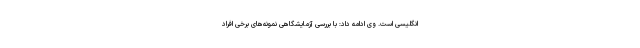
انگلیسی است. وی ادامه داد: با بررسی‌ آزمایشگاهی نمونه‌های برخی افراد